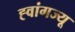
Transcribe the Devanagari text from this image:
ह्वांगज्यू